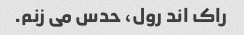
راک اند رول، حدس می زنم.